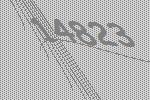
14823